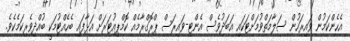
އެހެންކަމުން ވައިރަހުން ސަލާމަތްވުމަށްޓަކައި އަބަދުވެސް އެންޓި-ވައިރަސް ޕްރޮގްރާމެއް ކޮމްޕިއުޓަރަށް އަޅާފައި ބެހެއްޓުމަކީ ބުއްދިވެރިކަމެކެވެ.